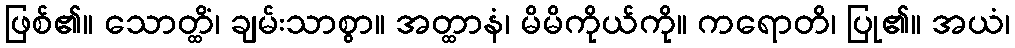
ဖြစ်၏။ သောတ္ထိံ၊ ချမ်းသာစွာ။ အတ္ထာနံ၊ မိမိကိုယ်ကို။ ကရောတိ၊ ပြု၏။ အယံ၊